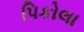
પિકોલા